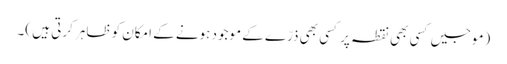
(موجیں کسی بھی نقطہ پر کسی بھی ذرّے کے موجود ہونے کے امکان کو ظاہر کرتی ہیں )۔